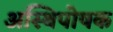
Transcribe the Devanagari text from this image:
अस्थिपोषक